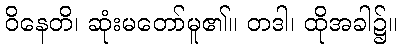
ဝိနေတိ၊ ဆုံးမတော်မူ၏။ တဒါ၊ ထိုအခါ၌။